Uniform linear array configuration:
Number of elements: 64
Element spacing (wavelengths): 0.25
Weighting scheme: binomial
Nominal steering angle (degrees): -60
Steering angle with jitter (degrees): -59.91
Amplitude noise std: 0.05
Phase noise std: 0.05

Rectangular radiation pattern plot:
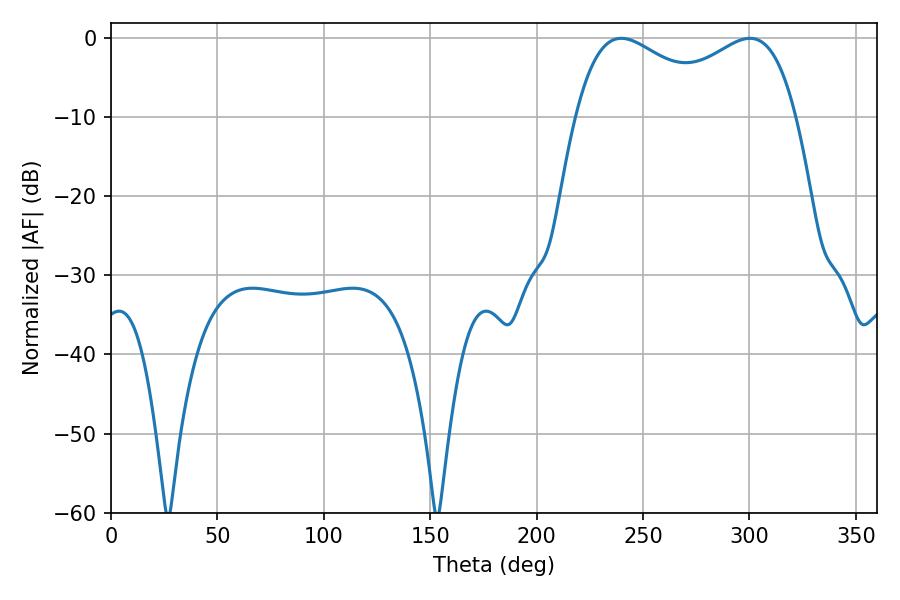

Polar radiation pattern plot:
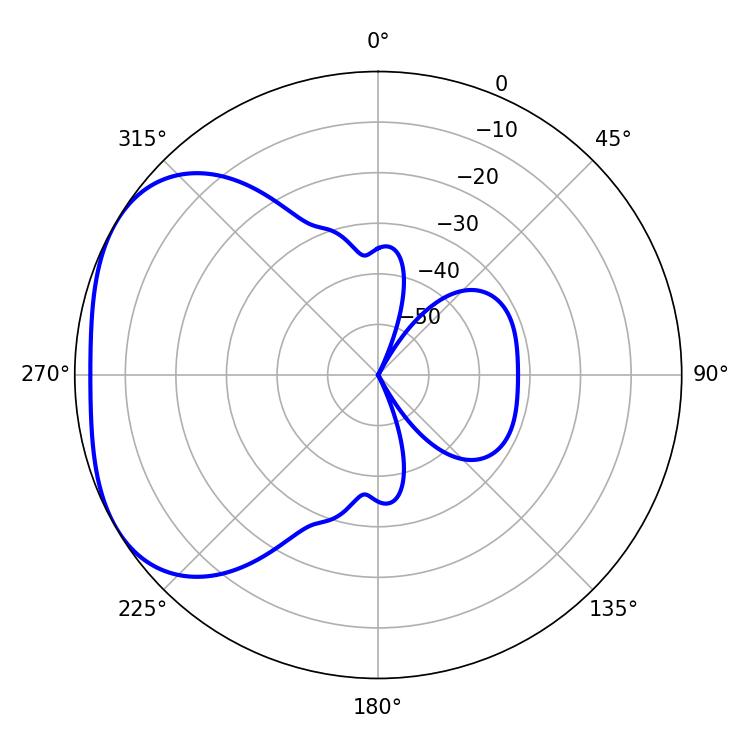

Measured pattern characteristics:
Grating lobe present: FALSE
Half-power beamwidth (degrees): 39.6
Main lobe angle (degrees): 239.76